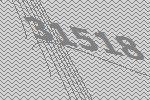
31518